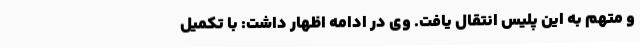
و متهم به این پلیس انتقال یافت. وی در ادامه اظهار داشت: با تکمیل